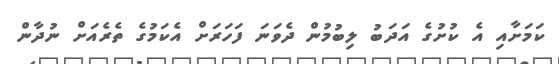
ކަމަށާއި އެ ކުށުގެ އަދަބު ލިބުމުން ދެވަނަ ފަހަރަށް އެކަމުގެ ތެރެއަށް ނުދާން